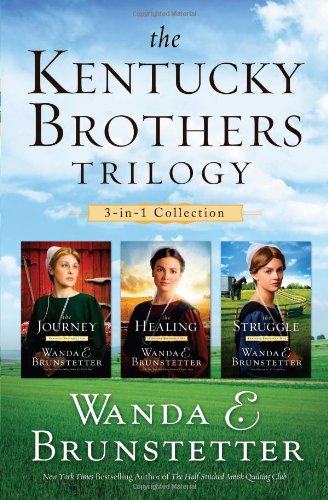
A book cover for THE KENTUCKY BROTHERS TRILOGY; Wanda E. Brunstetter; Christian Books & Bibles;